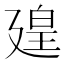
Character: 𪪱